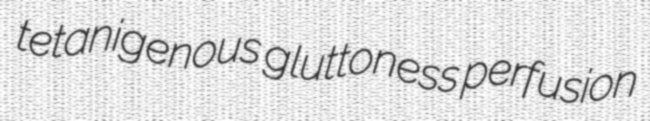
tetanigenous gluttoness perfusion